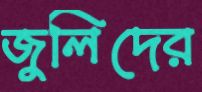
জুলিদের